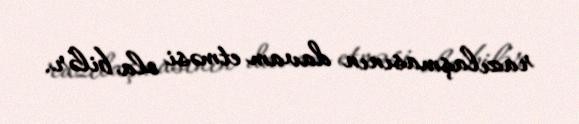
razılaşmasının davam etməsi ola bilər.